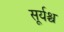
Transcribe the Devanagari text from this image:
सूर्यश्च